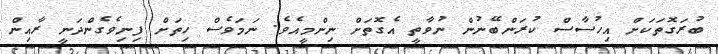
ބުރަގޮތަކަށް އިހުސާސް ކުރަންބޭނުން ނުވާތީ އެގޮތަށް ނިންމީއެވެ. ނަމަވެސް ހިތަށް ފިނިވެގެންދަނީ ރާއިން